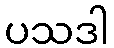
ပသဒါ